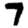
Digit: 7